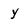
Character: y